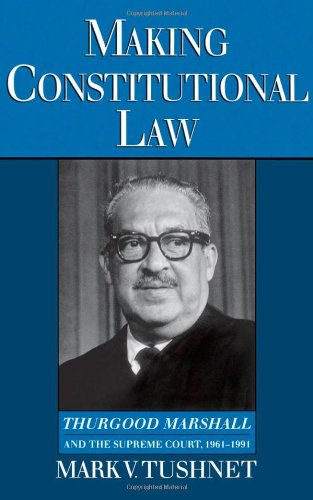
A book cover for Making Constitutional Law: Thurgood Marshall and the Supreme Court, 1961-1991; Mark Tushnet; Law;